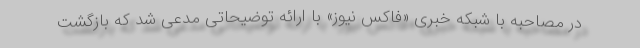
در مصاحبه با شبکه خبری «فاکس نیوز» با ارائه توضیحاتی مدعی شد که بازگشت